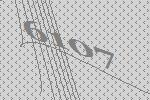
6107